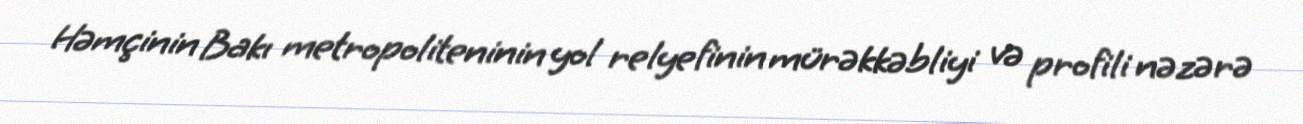
Həmçinin Bakı metropoliteninin yol relyefinin mürəkkəbliyi və profili nəzərə